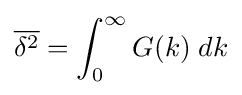
{\overline {\delta ^{2}}}=\int _{0}^{\infty }G(k)\;dk